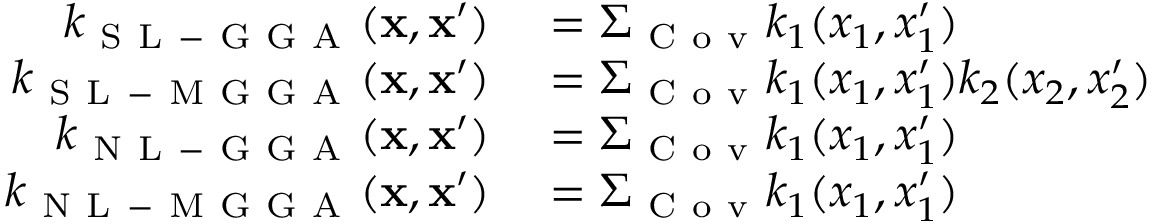
\begin{array} { r l } { k _ { \mathrm { ~ S ~ L ~ - ~ G ~ G ~ A ~ } } ( \mathbf { x } , \mathbf { x } ^ { \prime } ) } & { { } = \Sigma _ { \mathrm { ~ C ~ o ~ v ~ } } k _ { 1 } ( x _ { 1 } , x _ { 1 } ^ { \prime } ) } \\ { k _ { \mathrm { ~ S ~ L ~ - ~ M ~ G ~ G ~ A ~ } } ( \mathbf { x } , \mathbf { x } ^ { \prime } ) } & { { } = \Sigma _ { \mathrm { ~ C ~ o ~ v ~ } } k _ { 1 } ( x _ { 1 } , x _ { 1 } ^ { \prime } ) k _ { 2 } ( x _ { 2 } , x _ { 2 } ^ { \prime } ) } \\ { k _ { \mathrm { ~ N ~ L ~ - ~ G ~ G ~ A ~ } } ( \mathbf { x } , \mathbf { x } ^ { \prime } ) } & { { } = \Sigma _ { \mathrm { ~ C ~ o ~ v ~ } } k _ { 1 } ( x _ { 1 } , x _ { 1 } ^ { \prime } ) } \\ { k _ { \mathrm { ~ N ~ L ~ - ~ M ~ G ~ G ~ A ~ } } ( \mathbf { x } , \mathbf { x } ^ { \prime } ) } & { { } = \Sigma _ { \mathrm { ~ C ~ o ~ v ~ } } k _ { 1 } ( x _ { 1 } , x _ { 1 } ^ { \prime } ) } \end{array}